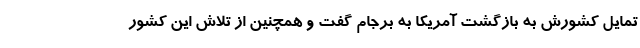
تمایل کشورش به بازگشت آمریکا به برجام گفت و همچنین از تلاش این کشور